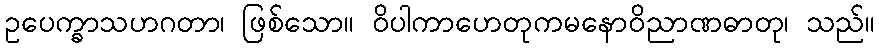
ဥပေက္ခာသဟဂတာ၊ ဖြစ်သော။ ဝိပါကာဟေတုကမနောဝိညာဏဓာတု၊ သည်။